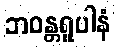
ဘဝန္တရူပါနံ